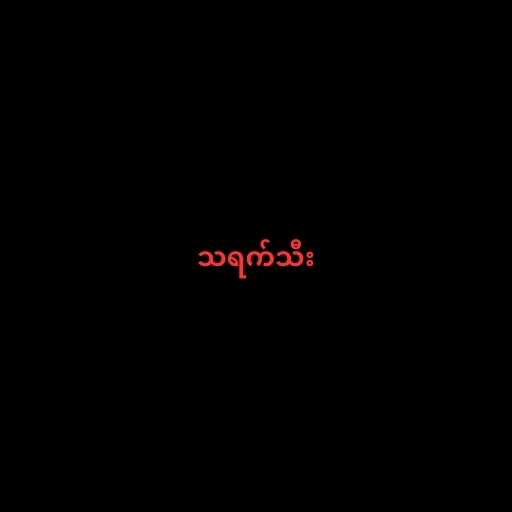
သရက်သီး